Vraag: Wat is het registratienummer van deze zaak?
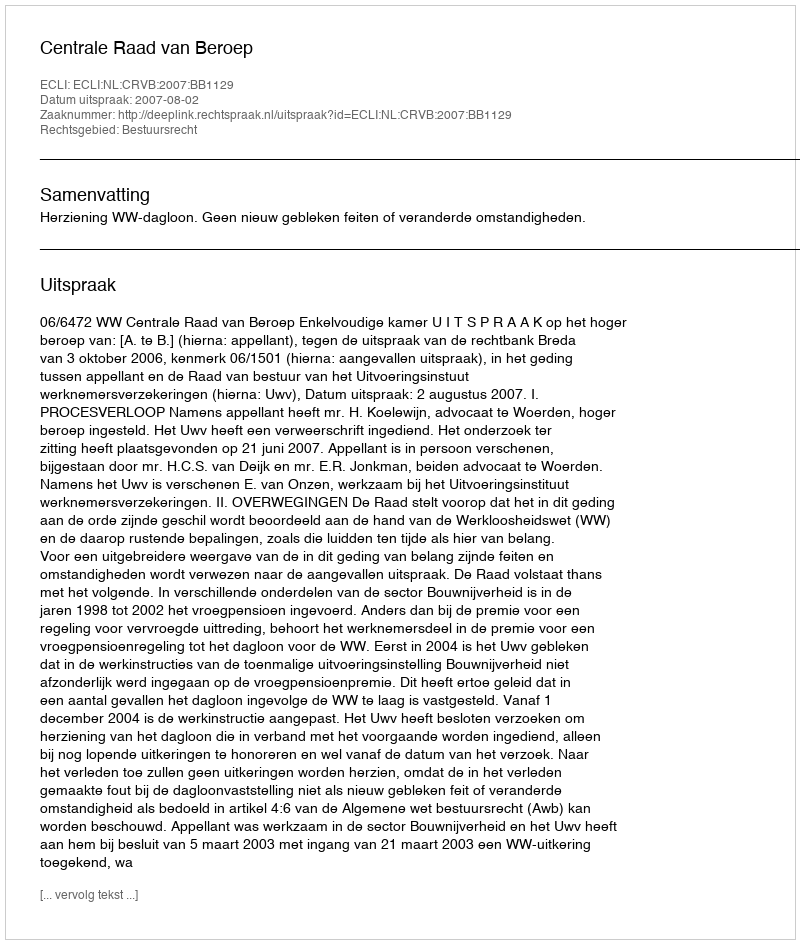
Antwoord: http://deeplink.rechtspraak.nl/uitspraak?id=ECLI:NL:CRVB:2007:BB1129